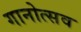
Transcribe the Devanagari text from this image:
गानोत्सव